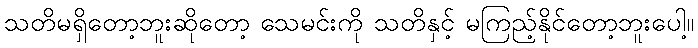
သတိမရှိတော့ဘူးဆိုတော့ သေမင်းကို သတိနှင့် မကြည့်နိုင်တော့ဘူးပေါ့။